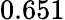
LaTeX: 0.651